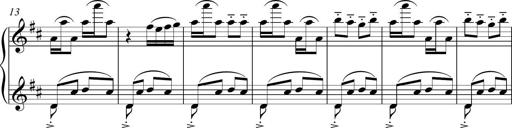
Title: Sonatina del HuÃ©car
Composer: JosÃ© Miguel Moreno Sabio